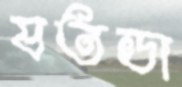
যতডা